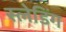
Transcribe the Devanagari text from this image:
स्लेडिंग